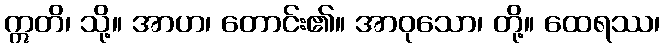
ဣတိ၊ သို့။ အာဟ၊ တောင်း၏။ အာဝုသော၊ တို့။ ထေရဿ၊